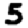
Digit: 5